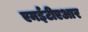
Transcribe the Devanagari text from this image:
एमईटीएआर